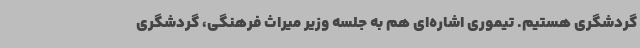
گردشگری هستیم. تیموری اشاره‌ای هم به جلسه وزیر میراث فرهنگی، گردشگری